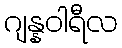
ဂျန္နဝါရီလ